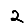
Digit: 2